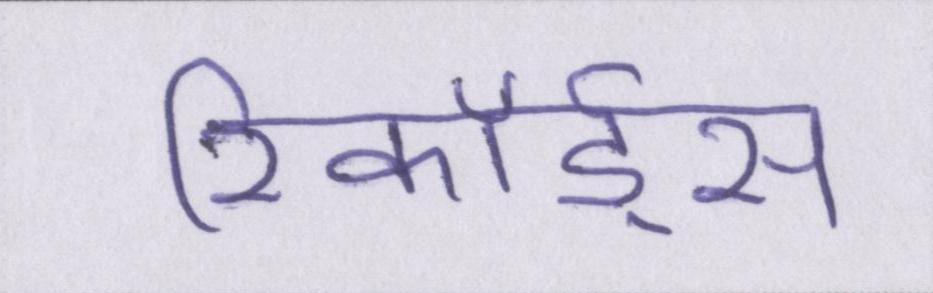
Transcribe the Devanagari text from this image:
रिकॉर्ड्स